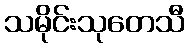
သမိုင်းသုတေသီ